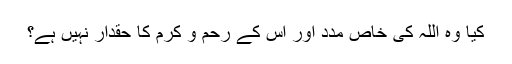
کیا وہ اللہ کی خاص مدد اور اس کے رحم و کرم کا حقدار نہیں ہے؟